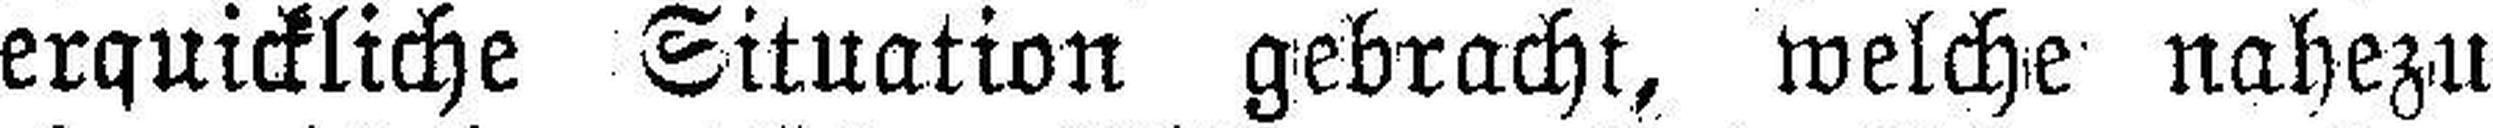
erquickliche Situation gebracht, welche nahezu